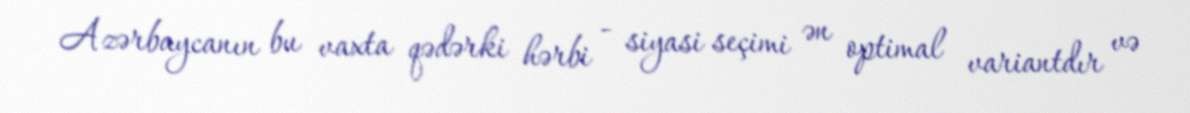
Azərbaycanın bu vaxta qədərki hərbi - siyasi seçimi ən optimal variantdır və